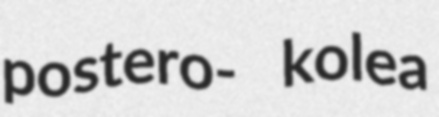
postero- kolea